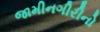
જામીનગીરીનો